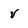
Character: v